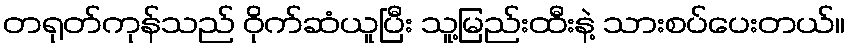
တရုတ်ကုန်သည် ဝိုက်ဆံယူပြီး သူ့မြည်းထီးနဲ့ သားစပ်ပေးတယ်။